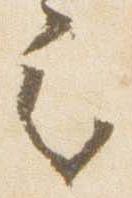
之